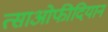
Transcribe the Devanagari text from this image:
त्साओफीदियान